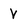
Character: V